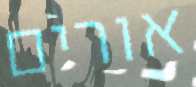
אורים